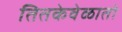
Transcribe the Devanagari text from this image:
तितकेवेळातो